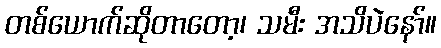
တစ်ယောက်ဆိုတာတော့၊ သမီး အသိပဲနော်။